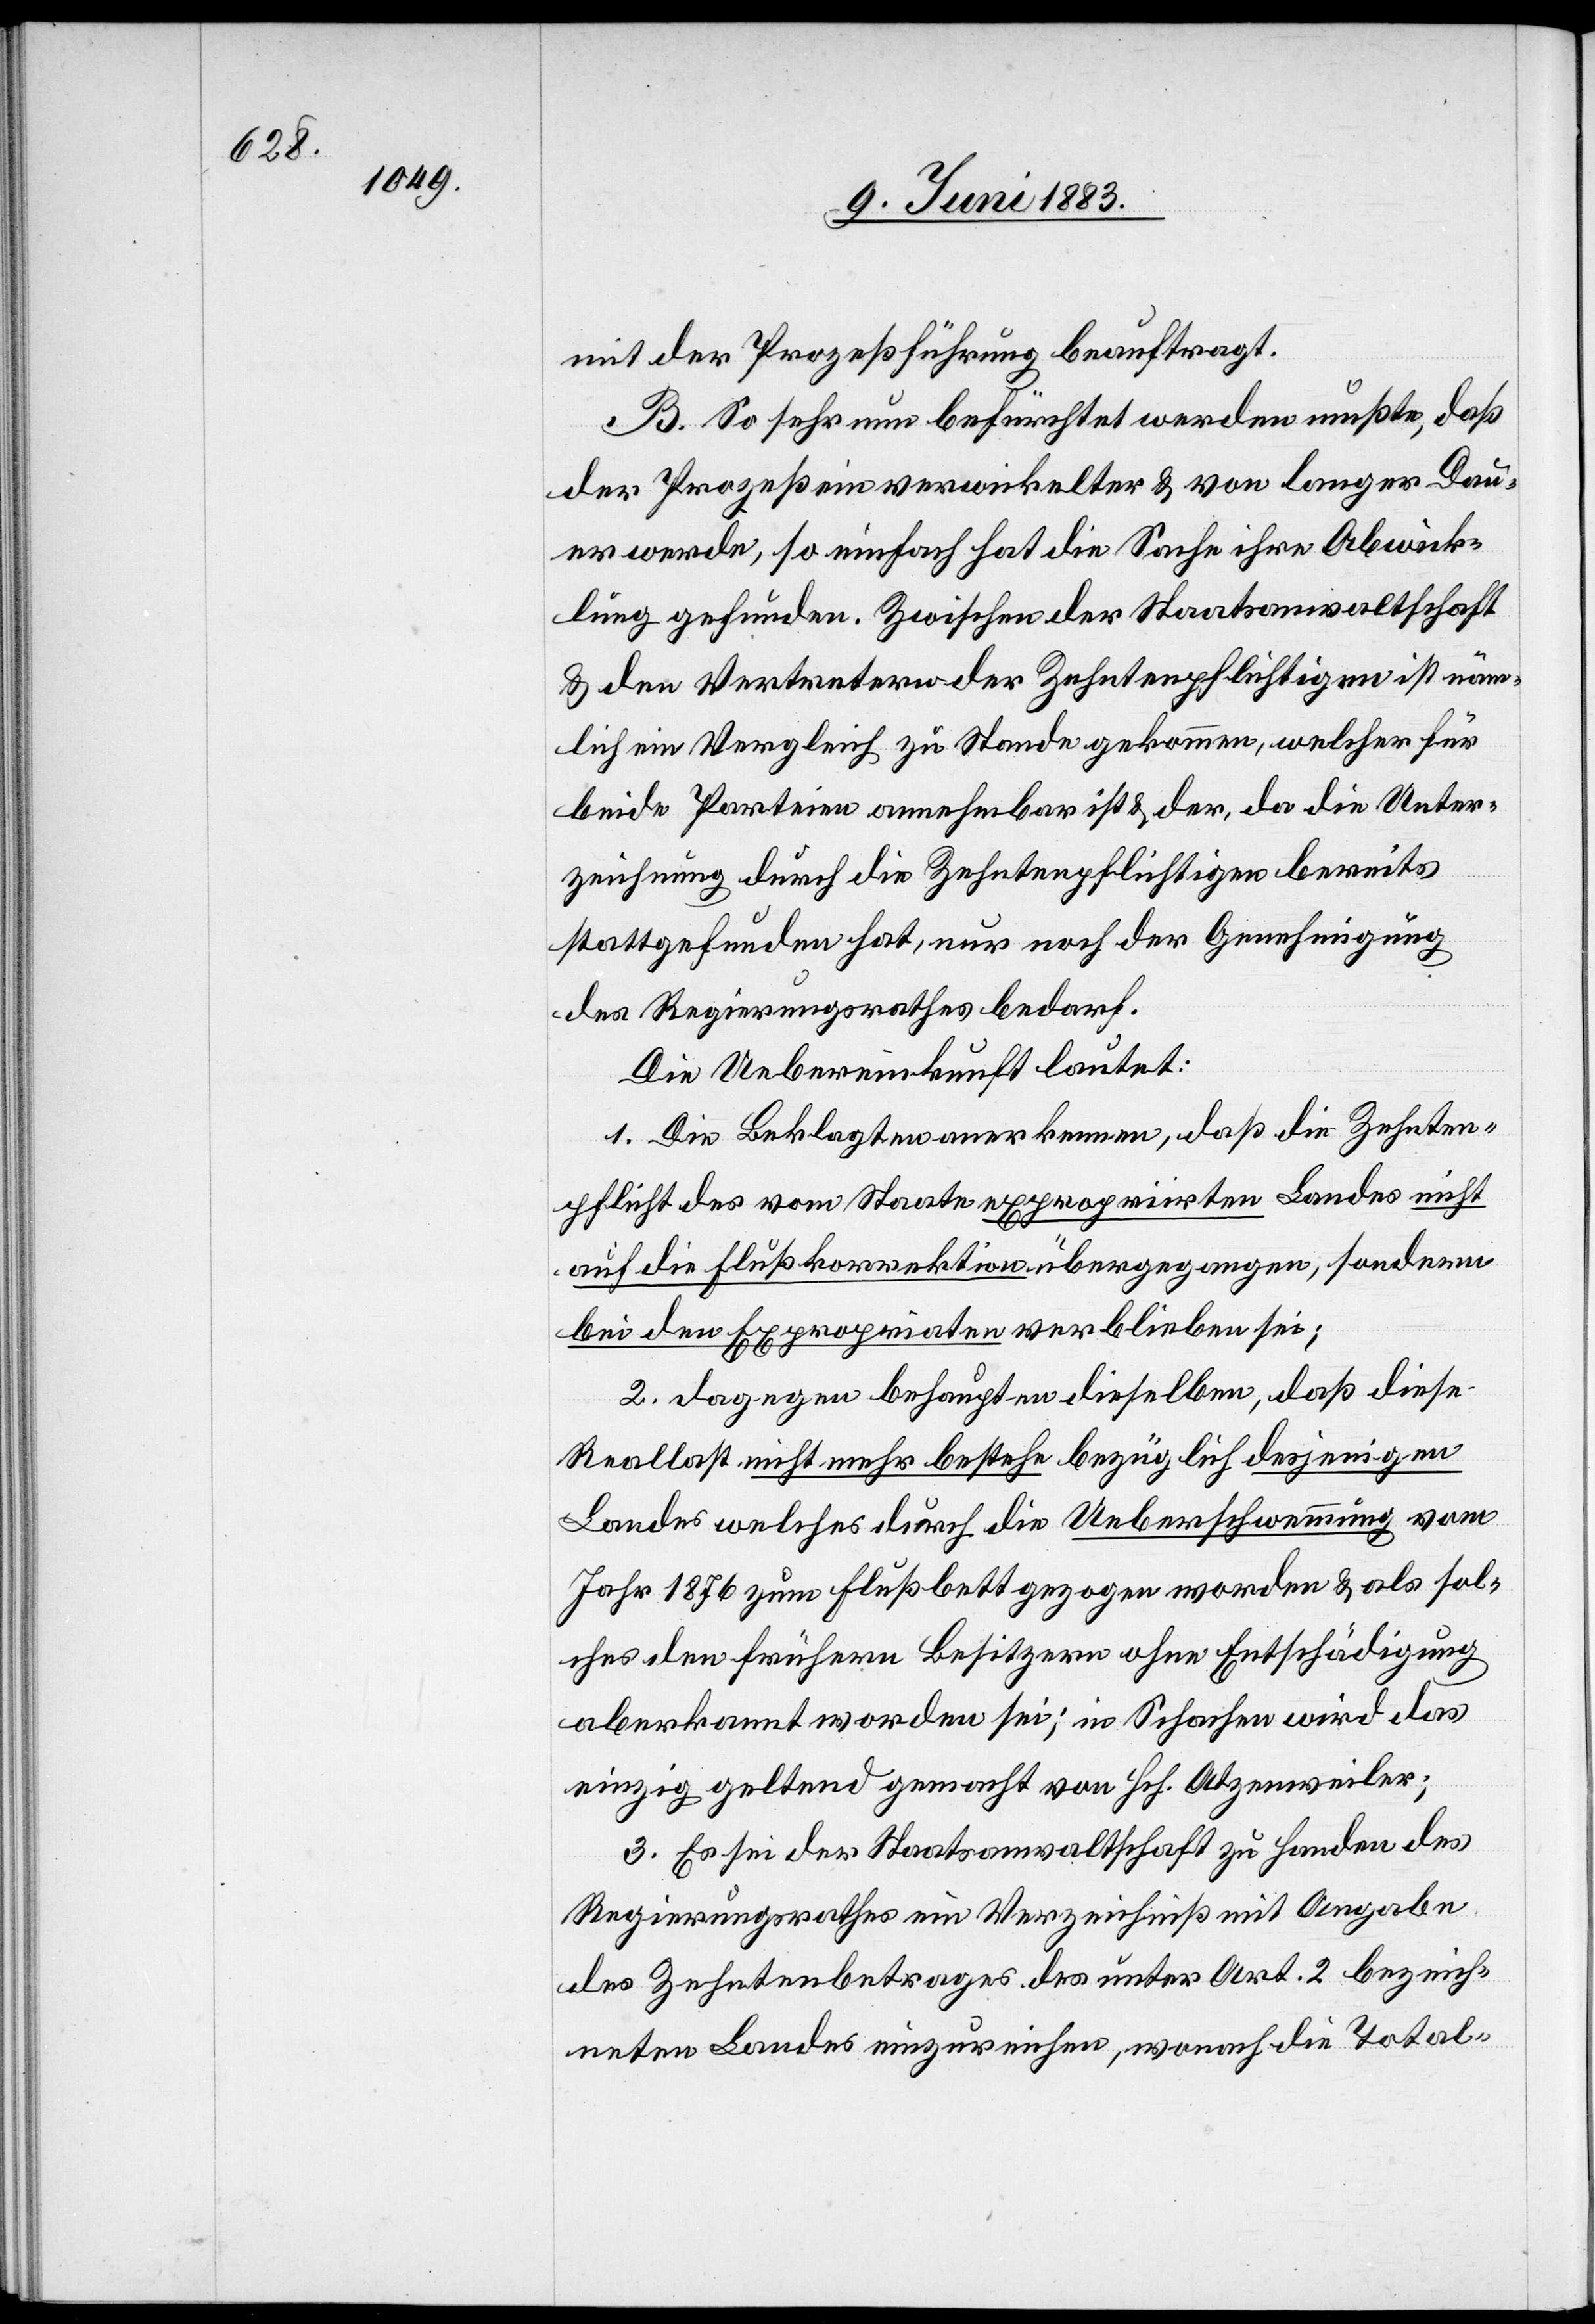
mit der Prozessführung beauftragt.
B. So sehr nun befürchtet werden mußte, daß
der Prozeß ein verwickelter & von langer Dau¬
er werde, so einfach hat die Sache ihre Abwick¬
lung gefunden. Zwischen der Staatsanwaltschaft
& den Vertretern der Zehntenpflichtigen ist näm¬
lich ein Vergleich zu Stande gekommen, welcher für
beide Parteien annehmbar ist & der, da die Unter¬
zeichnung durch die Zehntenpflichtigen bereits
stattgefunden hat, nur noch der Genehmigung
des Regierungsrathes bedarf.
Die Uebereinkunft lautet:
1. Die Beklagten anerkennen, daß die Zehnten¬
pflicht des vom Staate expropriirten Landes nicht
auf die Flußkorrektion übergegangen, sondern
bei den Expropriaten verblieben sei;
2. dagegen behaupten dieselben, daß diese
Reallast nicht mehr bestehe bezüglich desjenigen
Landes welches durch die Ueberschwemmung vom
Jahr 1876 zum Flussbett gezogen worden & als sol¬
ches den frühern Besitzern ohne Entschädigung
aberkannt worden sei; in Schachen wird das
einzig geltend gemacht von Hch. Atzenweiler;
3. Es sei der Staatsanwaltschaft zu Handen des
Regierungsrathes ein Verzeichniß mit Angaben
des Zehntenbetrages des unter Art. 2 bezeich¬
neten Landes einzureichen, wonach die Total-